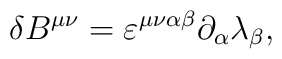
\delta B^{\mu\nu} = \varepsilon^{\mu\nu\alpha\beta} \partial_{\alpha}  \lambda_{\beta},